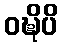
ဝဍ္ဎိပိ